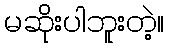
မဆိုးပါဘူးတဲ့။